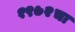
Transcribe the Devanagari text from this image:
१९७२चा